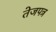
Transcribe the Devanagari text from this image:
तेजपत्र